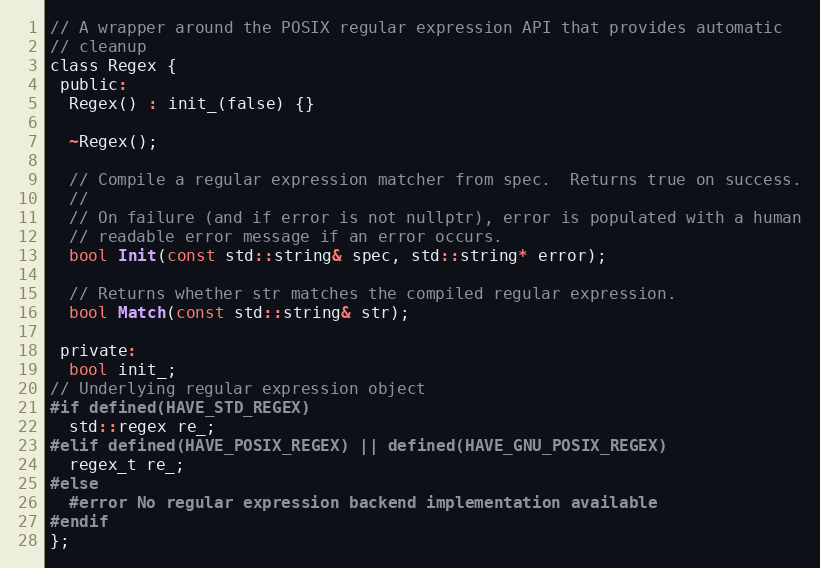
Language: C
// A wrapper around the POSIX regular expression API that provides automatic
// cleanup
class Regex {
 public:
  Regex() : init_(false) {}

  ~Regex();

  // Compile a regular expression matcher from spec.  Returns true on success.
  //
  // On failure (and if error is not nullptr), error is populated with a human
  // readable error message if an error occurs.
  bool Init(const std::string& spec, std::string* error);

  // Returns whether str matches the compiled regular expression.
  bool Match(const std::string& str);

 private:
  bool init_;
// Underlying regular expression object
#if defined(HAVE_STD_REGEX)
  std::regex re_;
#elif defined(HAVE_POSIX_REGEX) || defined(HAVE_GNU_POSIX_REGEX)
  regex_t re_;
#else
  #error No regular expression backend implementation available
#endif
};